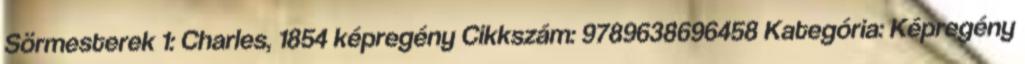
Sörmesterek 1: Charles, 1854 képregény Cikkszám: 9789638696458 Kategória: Képregény